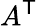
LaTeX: A^{\textsf{T}}